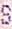
S